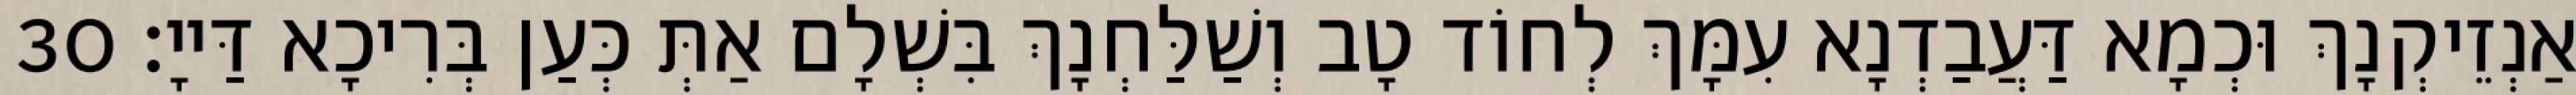
אַנְזֵיקְנָךְ וּכְמָא דַּעֲבַדְנָא עִמָּךְ לְחוֹד טָב וְשַׁלַּחְנָךְ בִּשְׁלָם אַתְּ כְּעַן בְּרִיכָא דַּייָ׃ 30